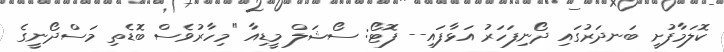
ކޮލަމާފުށީ ބަނދަރުގައި ދޯނިފަހަރު އަޅާފައި-- ފޮޓޯ: ސޯޝަލް މީޑިއާ "މިހާރުވެސް ބޮޑެތި މަސްދޯނީގެ